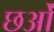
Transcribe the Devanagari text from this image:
छओं